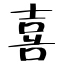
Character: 喜